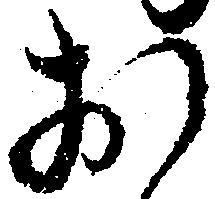
お